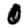
Digit: 0